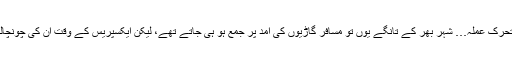
ریلوے کا مختصر مگر متحرک عملہ… شہر بھر کے تانگے یوں تو مسافر گاڑیوں کی آمد پر جمع ہو ہی جاتے تھے، لیکن ایکسپریس کے وقت ان کی چونچالی دیکھنے کے قابل ہوتی۔